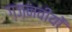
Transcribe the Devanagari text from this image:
ग़ज़नवीयों